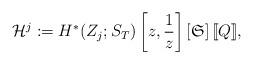
LaTeX: \begin{align*} \mathcal{H}^j := H^*(Z_j;S_T) \left[ z, \frac{1}{z} \right] \left[ \mathfrak S \right] [\![Q]\!] ,\end{align*}